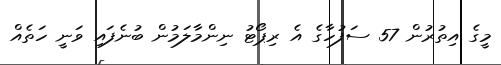
މީގެ އިތުރުން 57 ސަފުހާގެ އެ ރިޕޯޓު ނިންމާލަމުން ބުނެފައި ވަނީ ހަތެއް